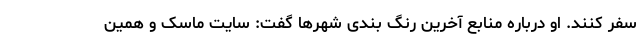
سفر کنند. او درباره منابع آخرین رنگ بندی شهر‌ها گفت: سایت ماسک و همین